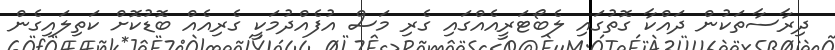
ދިރާސާތަކުން ދައްކާ ގޮތުގައި ލެބޯޓަރީއެއްގައި ގެރި މަސް އުފެއްދުމަކީ ގެރިއެއް ބޮޑުކޮށް ކަތިލައިގެން